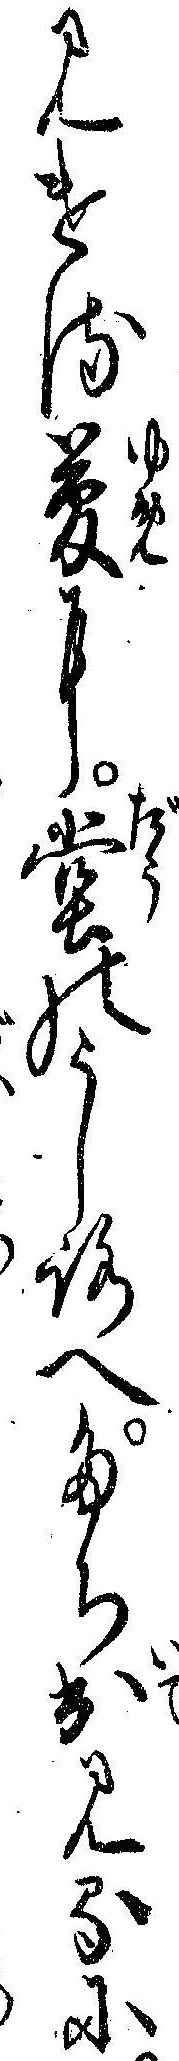
みける夢に堂のうしろへたち出みるに